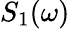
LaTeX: S_{1}(\omega)